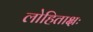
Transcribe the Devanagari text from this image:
लोहिताक्षः